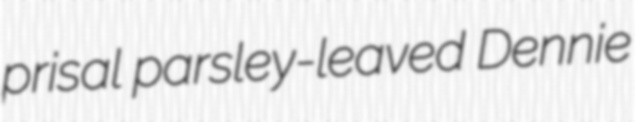
prisal parsley-leaved Dennie